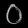
Digit: ၀